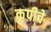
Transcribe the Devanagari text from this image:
कुपीचे